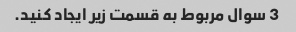
3 سوال مربوط به قسمت زیر ایجاد کنید.